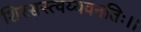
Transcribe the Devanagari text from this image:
शिरसस्त्वय्यवनतिः।।